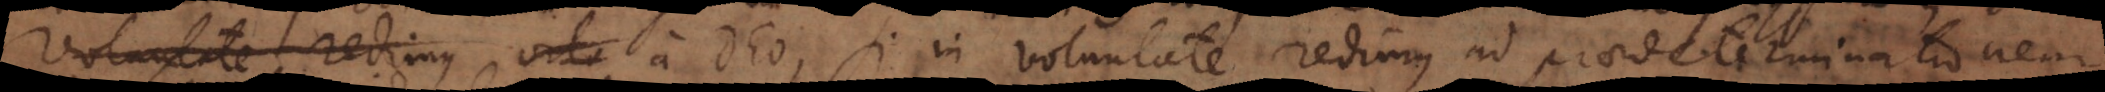
voluntate redimus volu a Deo, si in voluntate redimus ad praedeterminationem